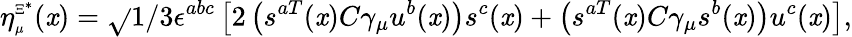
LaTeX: \eta_{\scriptscriptstyle\mu}^{\scriptscriptstyle{\Xi^{*}}}(\mathit{x})=\sqrt{}{{1/3}}\epsilon^{abc}\left[2\left(s^{aT}(\mathit{x})C\gamma_{\mu}u^{b}(\mathit{x})\right)s^{c}(\mathit{x})+\left(s^{aT}(\mathit{x})C\gamma_{\mu}s^{b}(\mathit{x})\right)u^{c}(\mathit{x})\right],